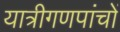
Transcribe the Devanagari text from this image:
यात्रीगणपांचों